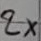
Text: 2x